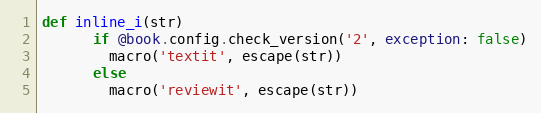
Language: Ruby
def inline_i(str)
      if @book.config.check_version('2', exception: false)
        macro('textit', escape(str))
      else
        macro('reviewit', escape(str))